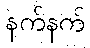
နက်နက်